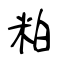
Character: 粕